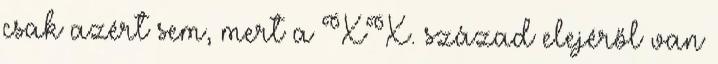
csak azért sem, mert a XX. század elejéről van